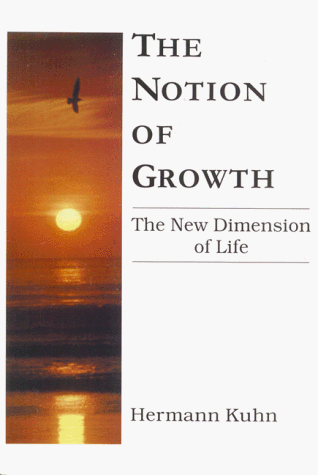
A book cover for The Notion of Growth; Hermann Kuhn; Religion & Spirituality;